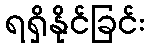
ရရှိနိုင်ခြင်း